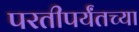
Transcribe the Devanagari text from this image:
परतीपर्यंतच्या